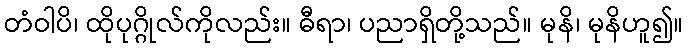
တံဝါပိ၊ ထိုပုဂ္ဂိုလ်ကိုလည်း။ ဓီရာ၊ ပညာရှိတို့သည်။ မုနိ၊ မုနိဟူ၍။